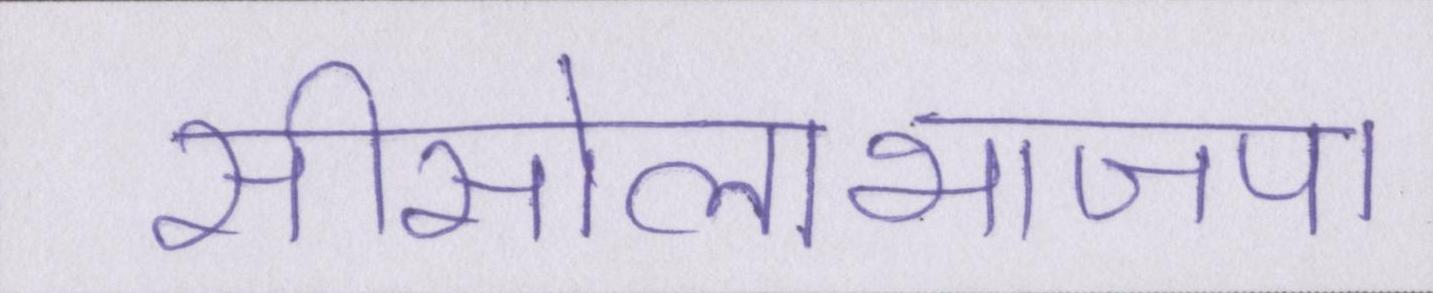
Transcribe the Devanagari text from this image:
सीसोलाभाजपा